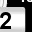
Digit: 2